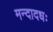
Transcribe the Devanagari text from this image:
मन्दादधः